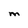
Character: M